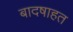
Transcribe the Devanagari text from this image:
बादषाहत